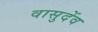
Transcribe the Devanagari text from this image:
वासुदेंव